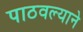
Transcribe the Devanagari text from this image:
पाठवल्याने